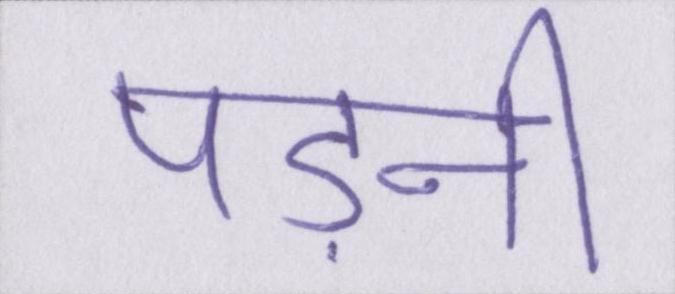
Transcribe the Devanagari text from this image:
पड़नी